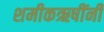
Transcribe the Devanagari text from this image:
शमीकऋषींनी